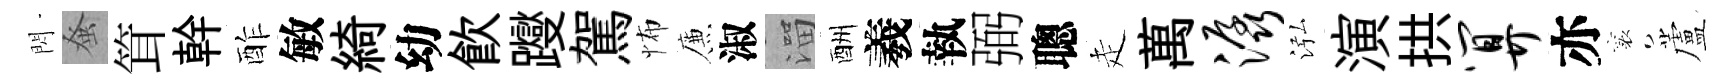
閃𫊫䇯幹酢敏綺幼飮躞駕怖簾淑溜酬羲執弼聰走萬潺泓演拱算亦襄蘆